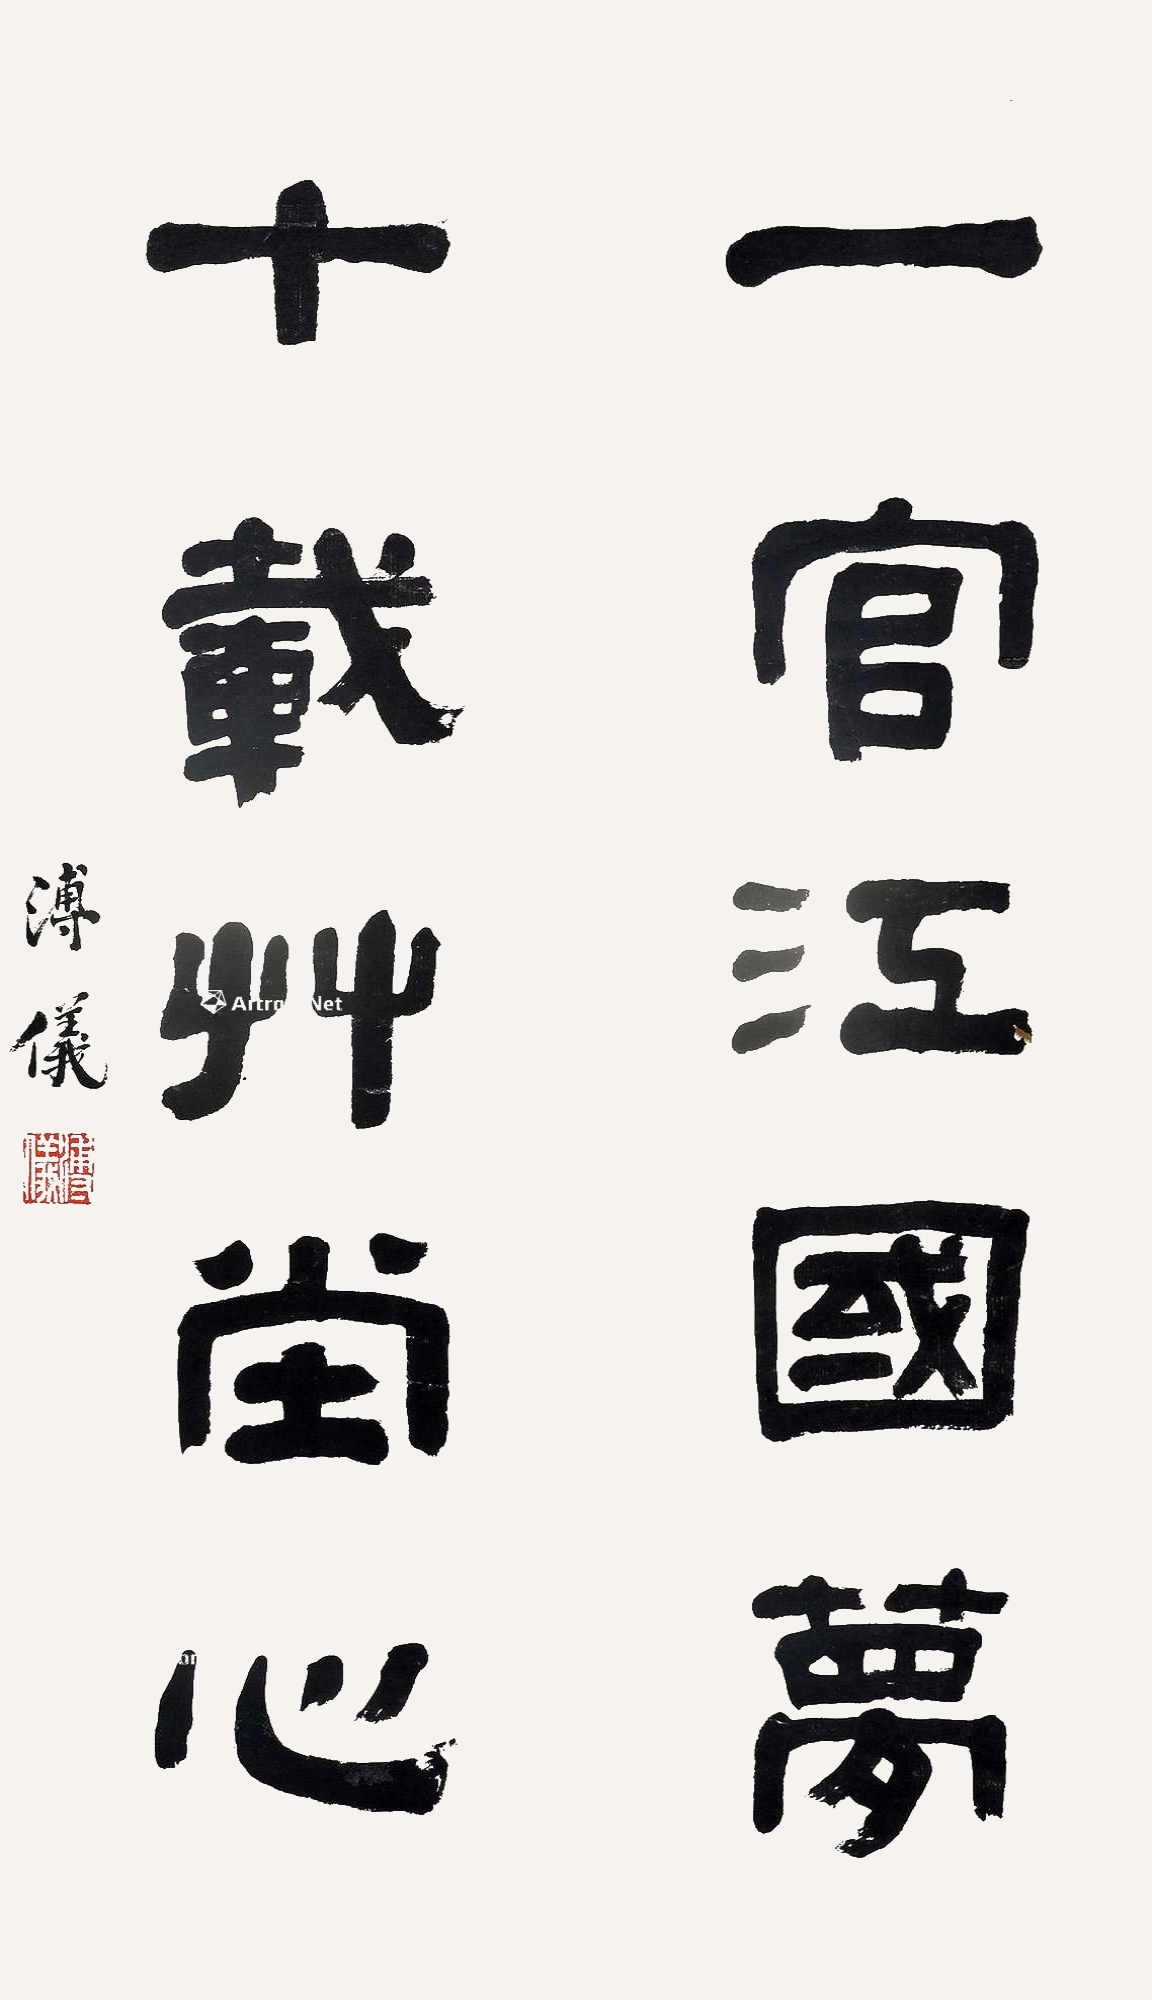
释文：一官江国梦，十载草堂心。溥仪